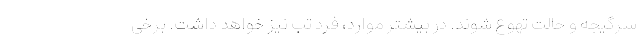
سرگیجه و حالت تهوع شوند. در بیشتر موارد، فرد تب نیز خواهد داشت. برخی